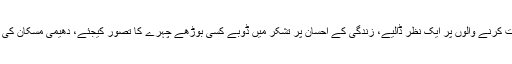
معصوم بچوں کو دیکھیے، محبت کرنے والوں پر ایک نظر ڈالیے، زندگی کے احسان پر تشکر میں ڈوبے کسی بوڑھے چہرے کا تصور کیجئے، دھیمی مسکان کی ایک دائمی لکیر کا خیال آتا ہے۔